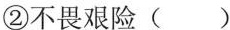
②不畏艰险( )